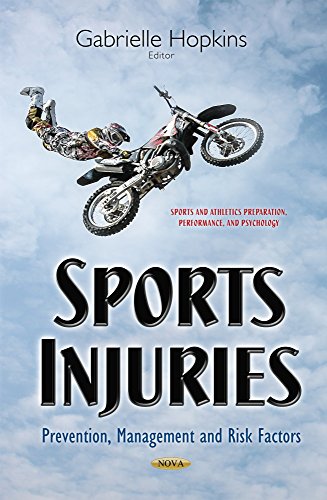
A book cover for Sports Injuries: Prevention, Management and Risk Factors (Sports and Athletics Preparation, Performance, and Psychology); Medical Books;